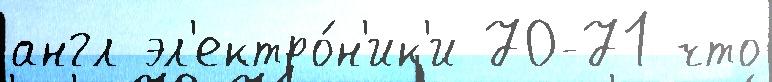
англ эл'ектро́н'ик'и 70-71 что